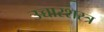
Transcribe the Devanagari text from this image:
उच्चारशस्त्र